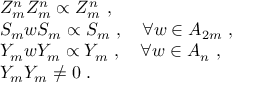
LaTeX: \begin{array} { r c l } { { } } & { { } } & { { Z _ { m } ^ { n } Z _ { m } ^ { n } \propto Z _ { m } ^ { n } ~ , } } \\ { { } } & { { } } & { { S _ { m } w S _ { m } \propto S _ { m } ~ , ~ ~ ~ \forall w \in A _ { 2 m } ~ , } } \\ { { } } & { { } } & { { Y _ { m } w Y _ { m } \propto Y _ { m } ~ , ~ ~ ~ \forall w \in A _ { n } ~ , } } \\ { { } } & { { } } & { { Y _ { m } Y _ { m } \not = 0 ~ . } } \end{array}